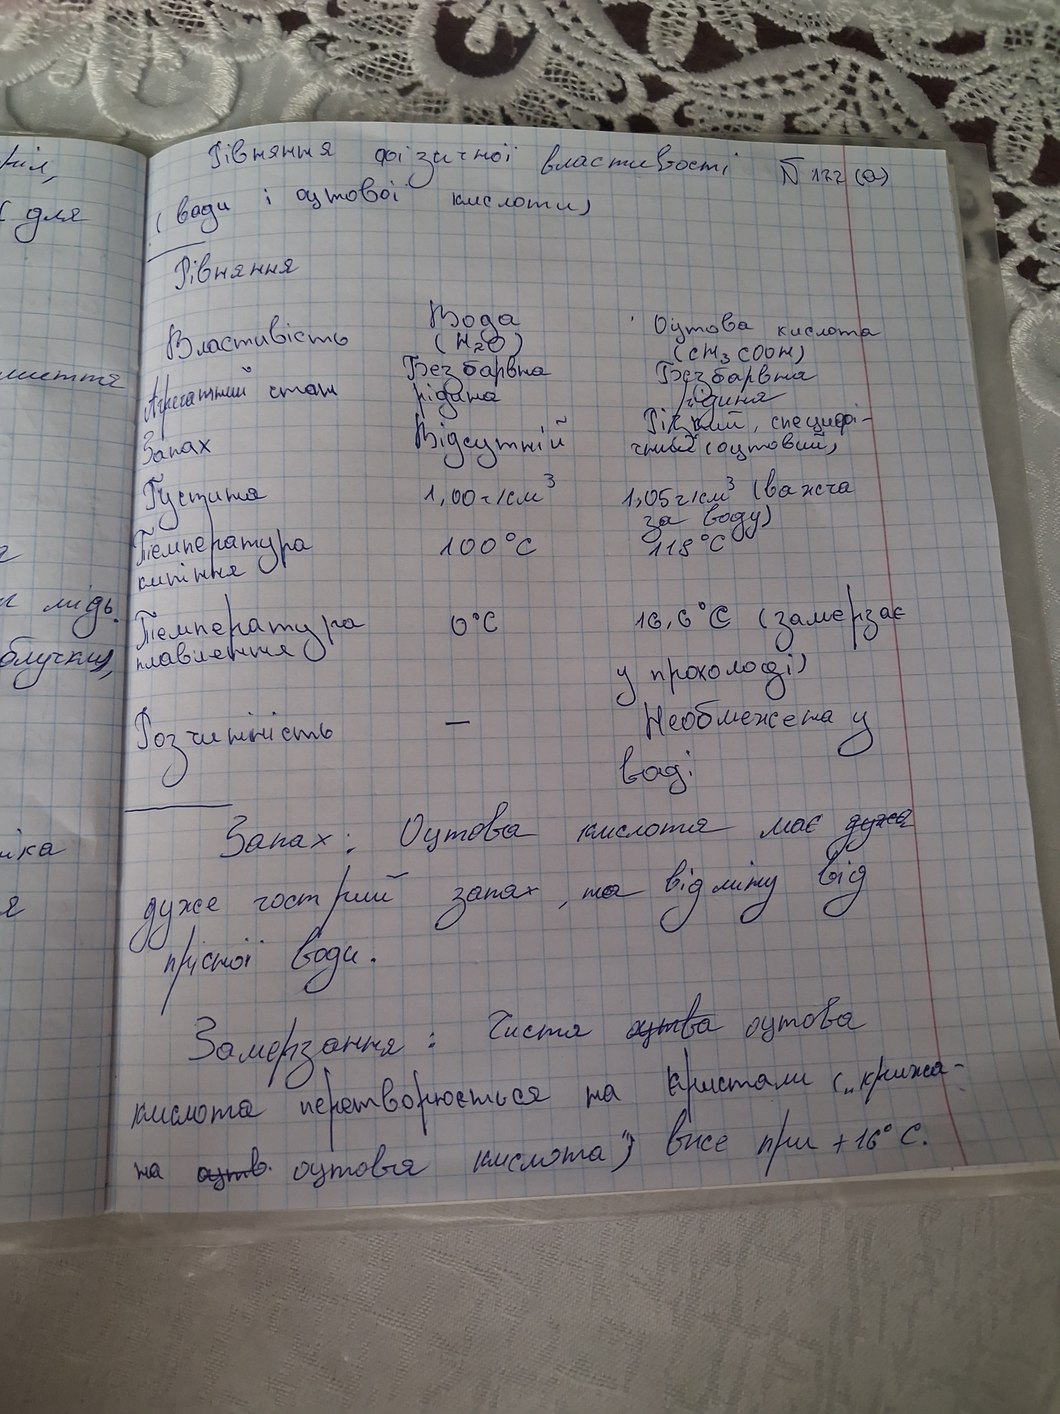
Рівняння фізичної властивості №122 (а)
рія,
( води і оцтової кислоти)
для
Рівняння
Вода
Оцтова кислота
Властивість
(H₂O)
(CH₃COOH)
Безбарвна
Безбарвна
миття
Агрегатний стан
рідина
рідиня
Різкий, специфі-
Відсутній
Запах
чний (оцтовий)
1,05 г/см³ (важча
Густина
1,00 г/см³
за воду)
Температура
100°C
118°С
кипіння
мідь.
Температура
16,6 °C (замерзає
0 °C
плавления
блучки),
у прохолоді)
Необмежена у
Розчинність
-
воді
Запах: Оцтова кислота має ~~ дужа~~
іка
дуже гострий запах, на відміну від
я
прісної води.
Замерзання: Чиста ~~оцтва~~ оцтова
кислота перетворюється на кристали ("крижа-
на ~~оцтв.~~  оцтова кислота") вже при +16 °С